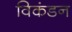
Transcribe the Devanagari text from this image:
विकंडन